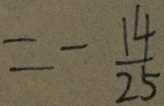
= - \frac { 1 4 } { 2 5 }